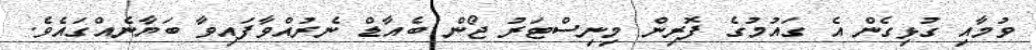
ވުމާއި ގުޅިގެން އެ ގައުމުގެ ފޮރިން މިނިސްޓަރު ޖޯން ބެއާޑް ނެރުއްވާފައިވާ ބަޔާނެއްގައެވެ.